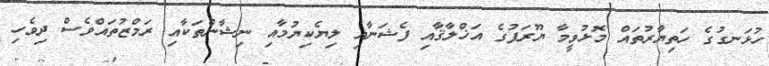
ހުޅަނގުގެ ހަތިޔާރުތައް މޮޅުވީމާ ޔޫރަޕުގެ އަޚްލާޤާއި ފެޝަނާއި ލިޔެކިޔުމާއި ނިޝާންތަކާއި ރަމްޒުތައްވެސް ދިވެހި